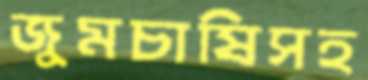
জুমচাষিসহ